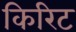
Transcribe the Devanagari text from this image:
किरिट